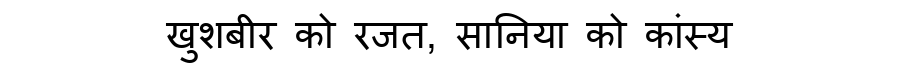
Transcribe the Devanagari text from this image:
खुशबीर को रजत, सानिया को कांस्य